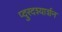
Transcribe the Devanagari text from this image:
प्दुरदश्यार्शन